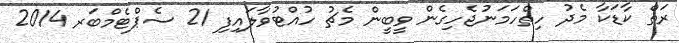
ރަތް ކާޑަކާ މެދު ހިތްހަމަނުޖެހިގެން ވީބީން މެޗު ހުއްޓުވާލައިފި 21 ސެޕްޓެމްބަރ 2014